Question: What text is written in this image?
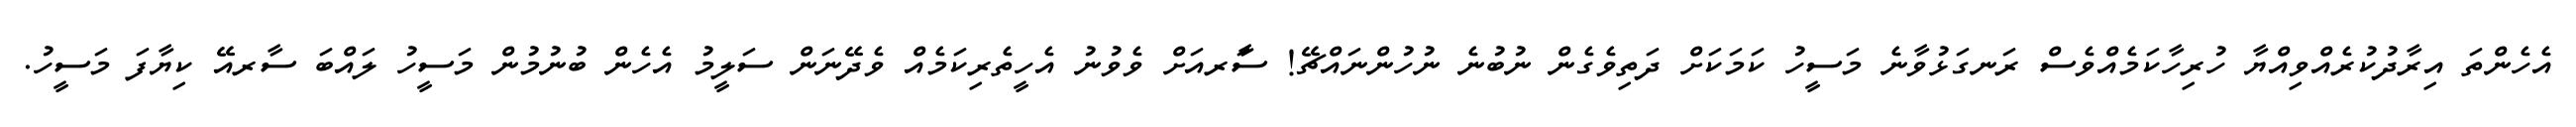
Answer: އެހެންތަ އިރާދުކުރެއްވިއްޔާ ހުރިހާކަމެއްވެސް ރަނގަޅުވާނެ މަސީހު ކަމަކަށް ދަތިވެގެން ނުބުނެ ނުހުންނައްޗޭ! ސަާރއަށް ވެވުނު އެހީތެރިކަމެއް ވެދޭނަން ސަލީމު އެހެން ބުނުމުން މަސީހު ލައްބަ ސާރއޭ ކިޔާފަ މަސީހު.